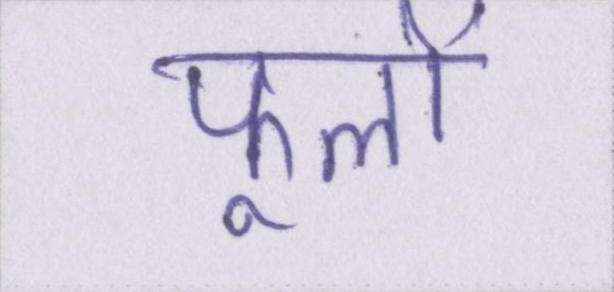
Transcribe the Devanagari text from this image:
फूलों